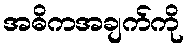
အဓိကအချက်ကို